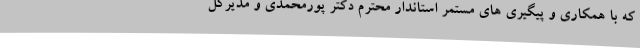
که با همکاری و پیگیری های مستمر استاندار محترم دکتر پورمحمدی و مدیرکل